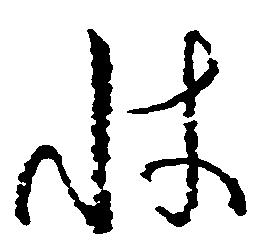
状